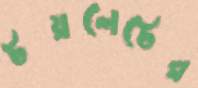
টয়লেটের